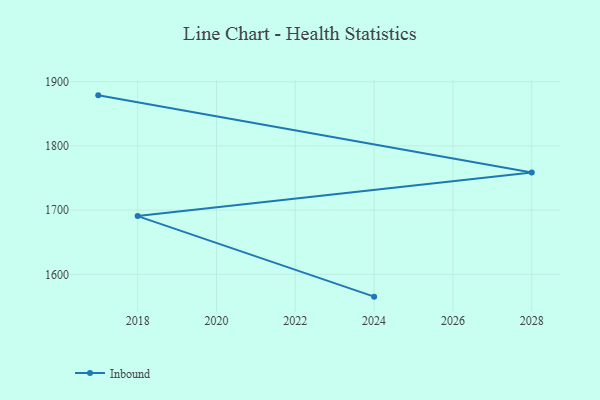
{"axis": {"x": "Year", "y": "Latency (ms)"}, "legend": ["Inbound"], "data": [{"x": "2017", "y": 1878.8, "type": "Inbound"}, {"x": "2028", "y": 1758.7, "type": "Inbound"}, {"x": "2018", "y": 1690.7, "type": "Inbound"}, {"x": "2024", "y": 1565.2, "type": "Inbound"}]}